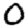
Digit: 0